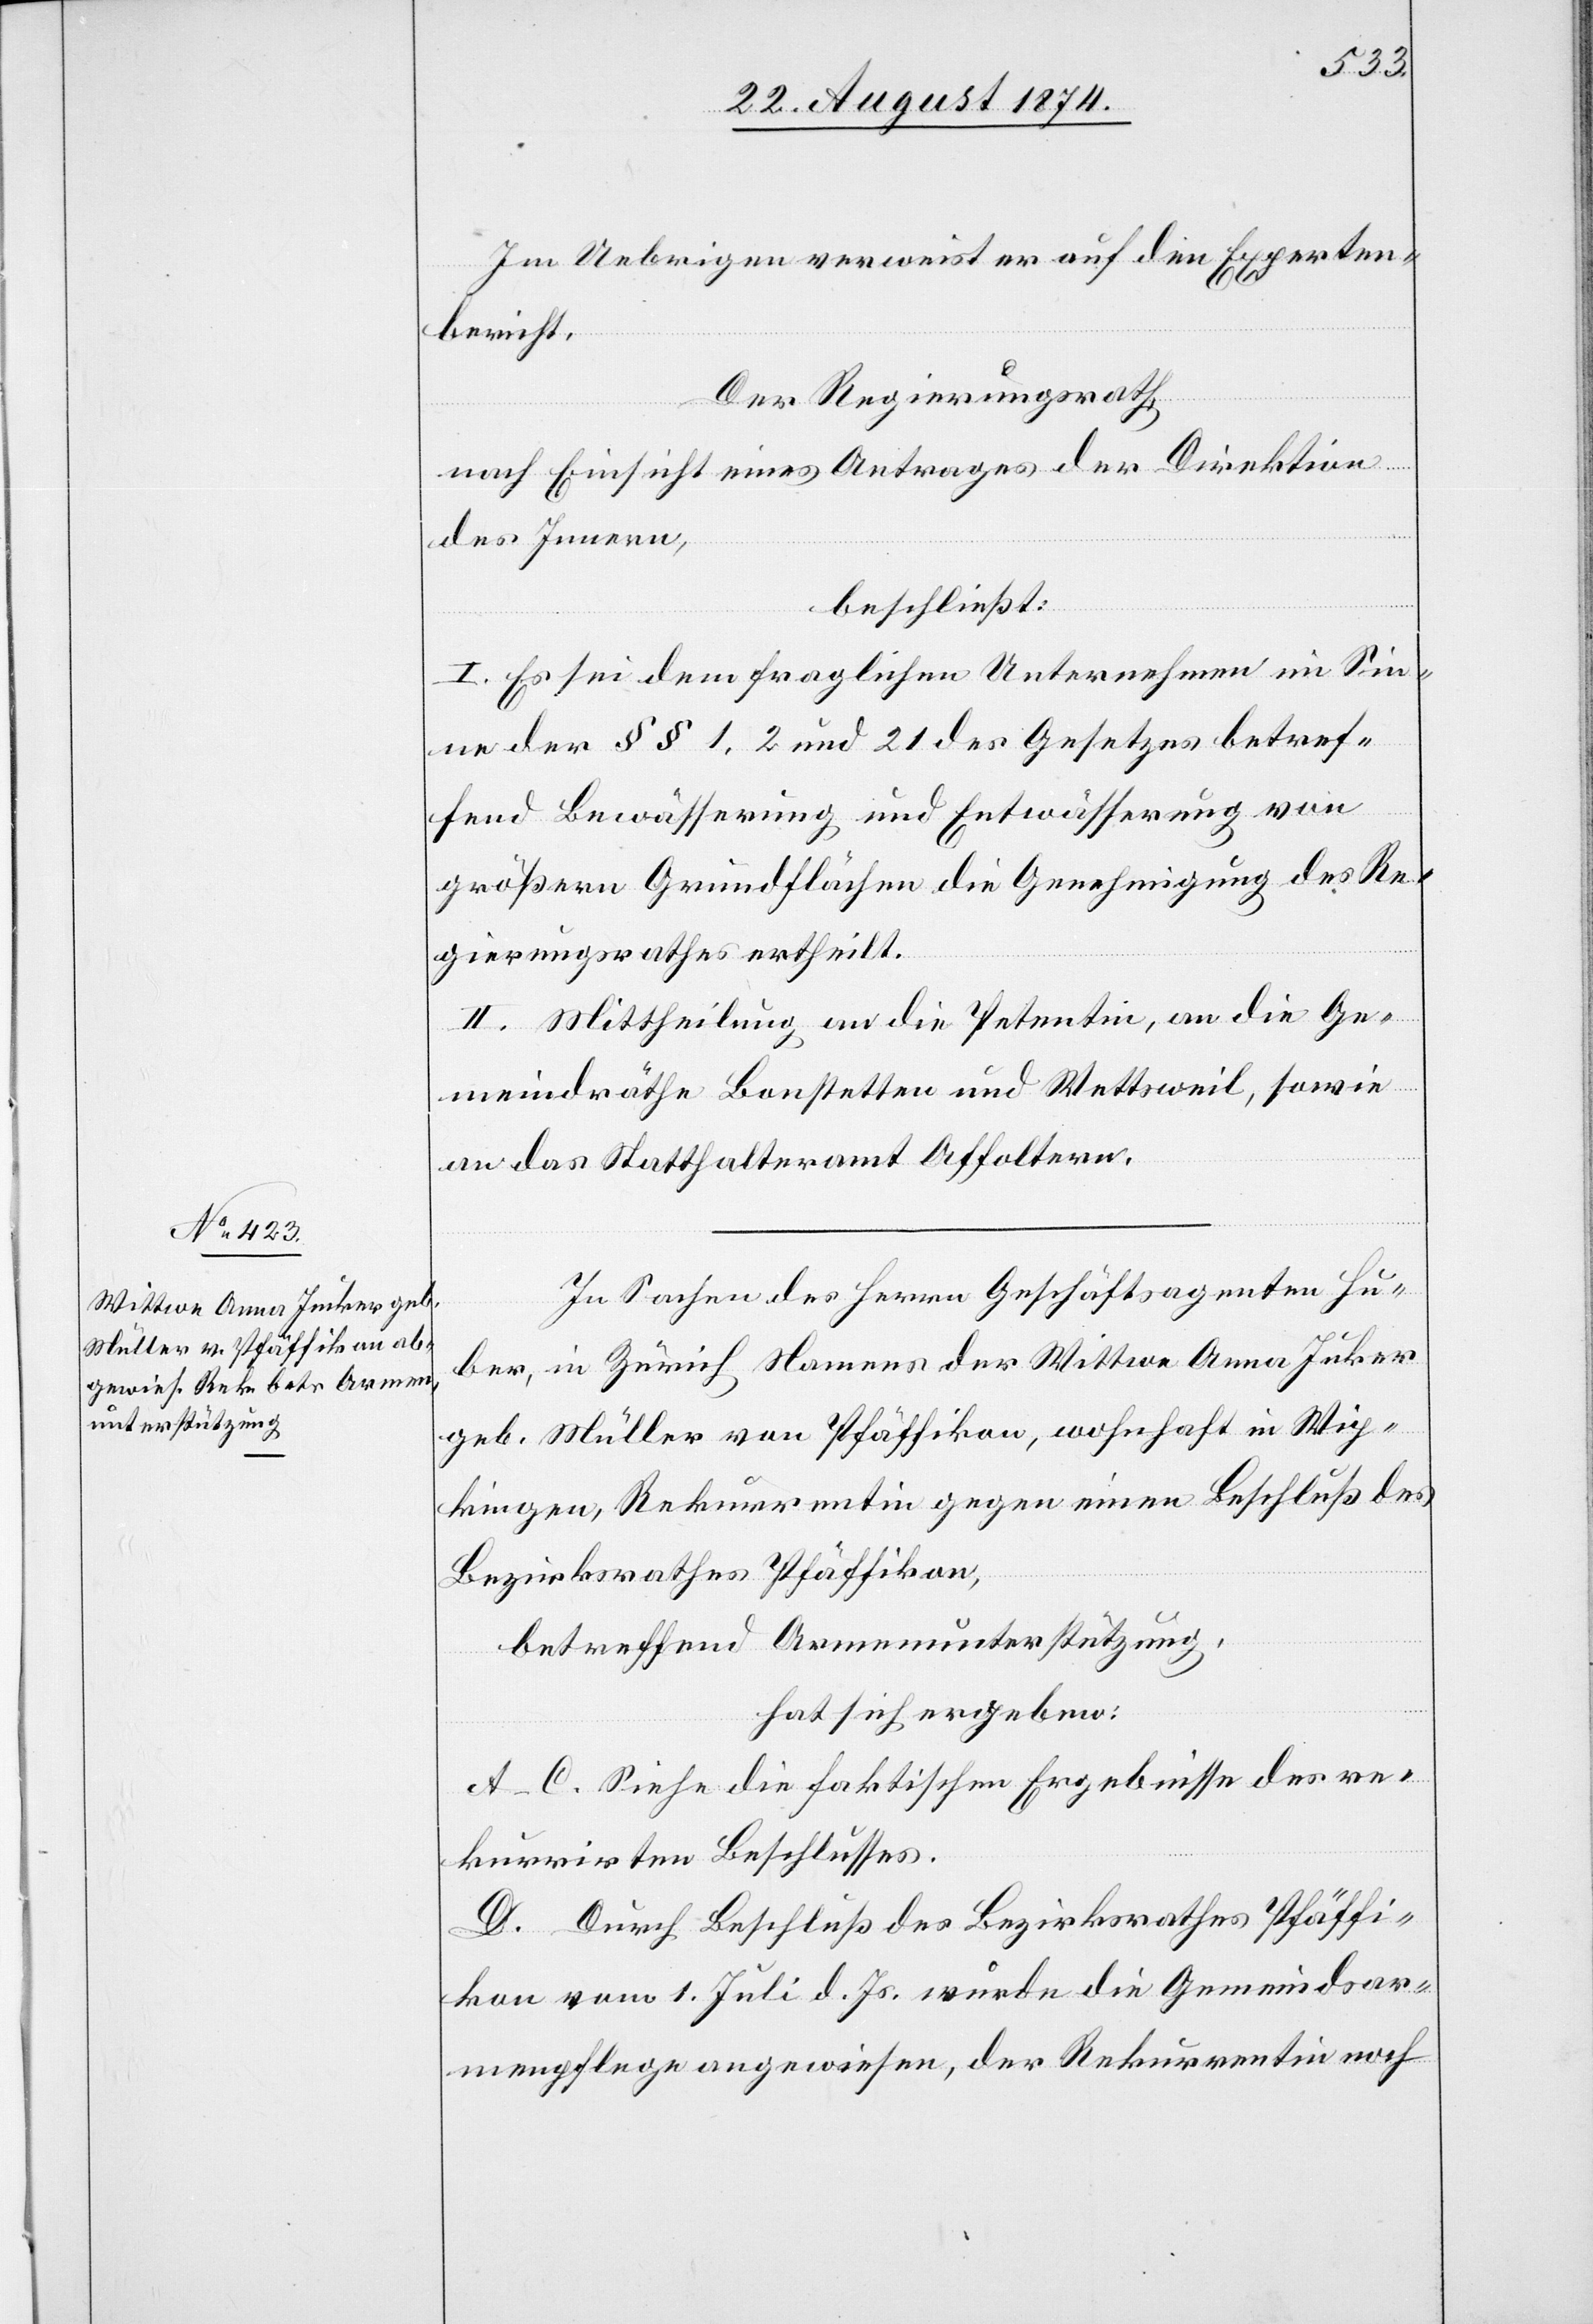
Im Uebrigen verweist er auf den Experten¬
bericht.
Der Regierungsrath,
nach Einsicht eines Antrages der Direktion
des Innern,
beschließt:
I. Es sei dem fraglichen Unternehmen im Sin¬
ne der §§ 1, 2 und 21 des Gesetzes betref¬
fend Bewässerung und Entwässerung von
größern Grundflächen die Genehmigung des Re¬
gierungsrathes ertheilt.
II. Mittheilung an die Petentin, an die Ge¬
meindräthe Bonstetten und Wettsweil, sowie
an das Statthalteramt Affoltern.
In Sachen des Herrn Geschäftsagenten Hu¬
ber, in Zürich Namens der Wittwe Anna Juker
geb. Müller von Pfäffikon, wohnhaft in Wip¬
kingen, Rekurrentin gegen einen Beschluß des
Bezirksrathes Pfäffikon,
betreffend Armenunterstützung,
hat sich ergeben:
A.–C. Siehe die faktischen Ergebnisse des re¬
kurrirten Beschlusses.
D. Durch Beschluß des Bezirksrathes Pfäffi¬
kon vom 1. Juli d. Js. wurde die Gemeindsar¬
menpflege angewiesen, der Rekurrentin noch